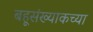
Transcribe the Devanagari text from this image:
बहूसंख्याकच्या